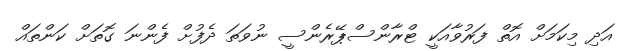
އަދި މިކަމަށް އޮތް ފަރުވާއަކީ ޓްރާންސްޕޭރެންސީ ނުވަތަ ދެފުށް ފެންނަ ގޮތަށް ކަންތައް